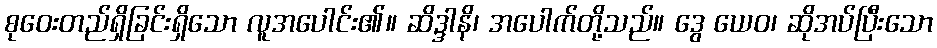
စုဝေးတည်ရှိခြင်းရှိသော လူအပေါင်း၏။ ဆိဒ္ဒါနိ၊ အပေါက်တို့သည်။ ဒွေ ယေဝ၊ ဆိုအပ်ပြီးသော